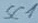
Text: SC1